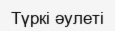
Түркі әулеті